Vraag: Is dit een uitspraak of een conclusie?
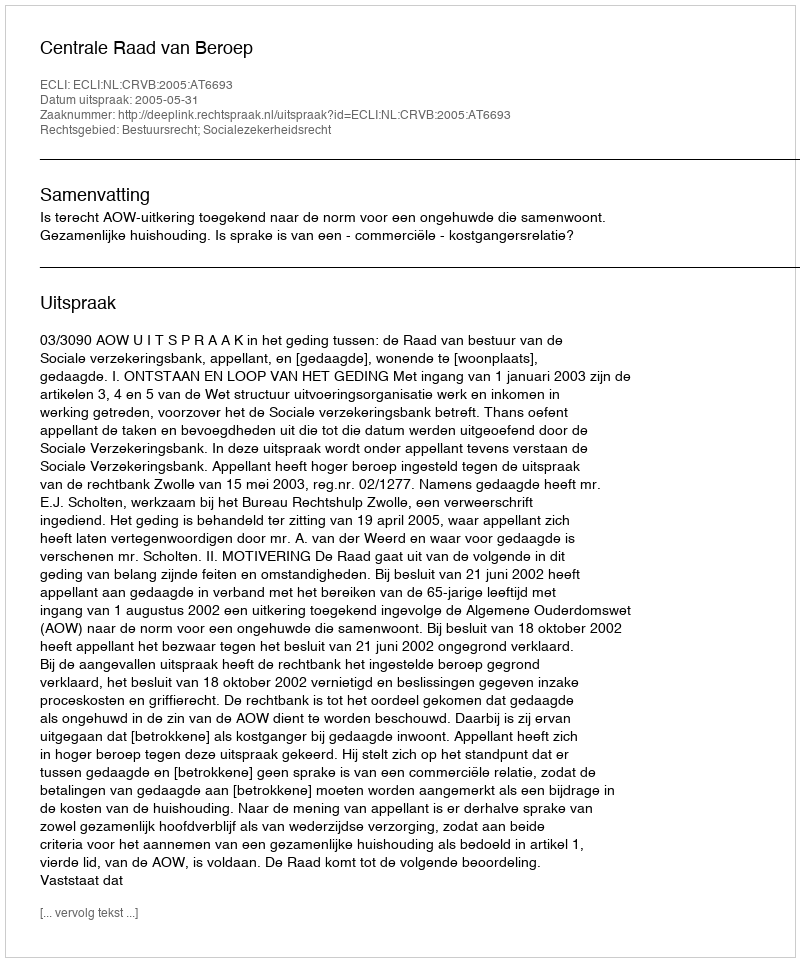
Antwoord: Uitspraak